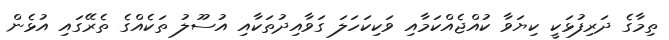
ތިމާގެ ދަރިފުޅަކީ ކިޔަވާ ކުއްޖެއްކަމާއި ވަކިކަހަލަ ގަވާއިދުތަކާއި އުސޫލު ތަކެއްގެ ތެރޭގައި އުޅެން